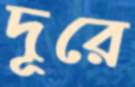
দূরে